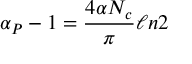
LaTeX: \alpha _ { P } - 1 = { \frac { 4 \alpha N _ { c } } { \pi } } \ell n 2